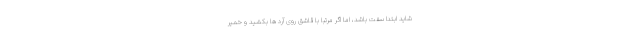
شاید ابتدا سفت باشد، اما اگر مرتباً با قاشق روی آرد ها بکشید و خمیر